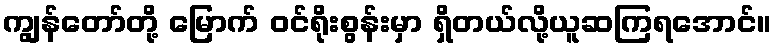
ကျွန်တော်တို့ မြောက် ဝင်ရိုးစွန်းမှာ ရှိတယ်လို့ယူဆကြရအောင်။